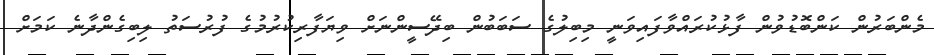
މެންބަރުން ކަންބޮޑުވުން ފާޅުކުރައްވާފައިވަނީ މިބިލުގެ ސަބަބުން ބިދޭސީންނަށް ވިޔަފާރިކުރުމުގެ ފުރުސަތު ލިބިގެންދާނެ ކަމަށް